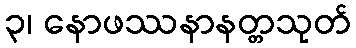
၃၊ နောဖဿနာနတ္တသုတ်